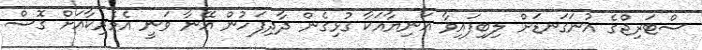
ސްޓަރިޖްގެ އުނަގަނޑަށް ލިބިފައިވާ އަނިޔާއަކާ ގުޅިގެން ދާދިފަހުން އޭނާ ވަނީ އެމެރިކާއަށް ގޮސް